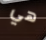
هي